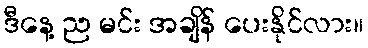
ဒီနေ့ ည မင်း အချိန် ပေးနိုင်လား။